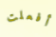
أفعلت